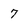
Character: 7